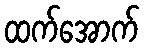
ထက်အောက်